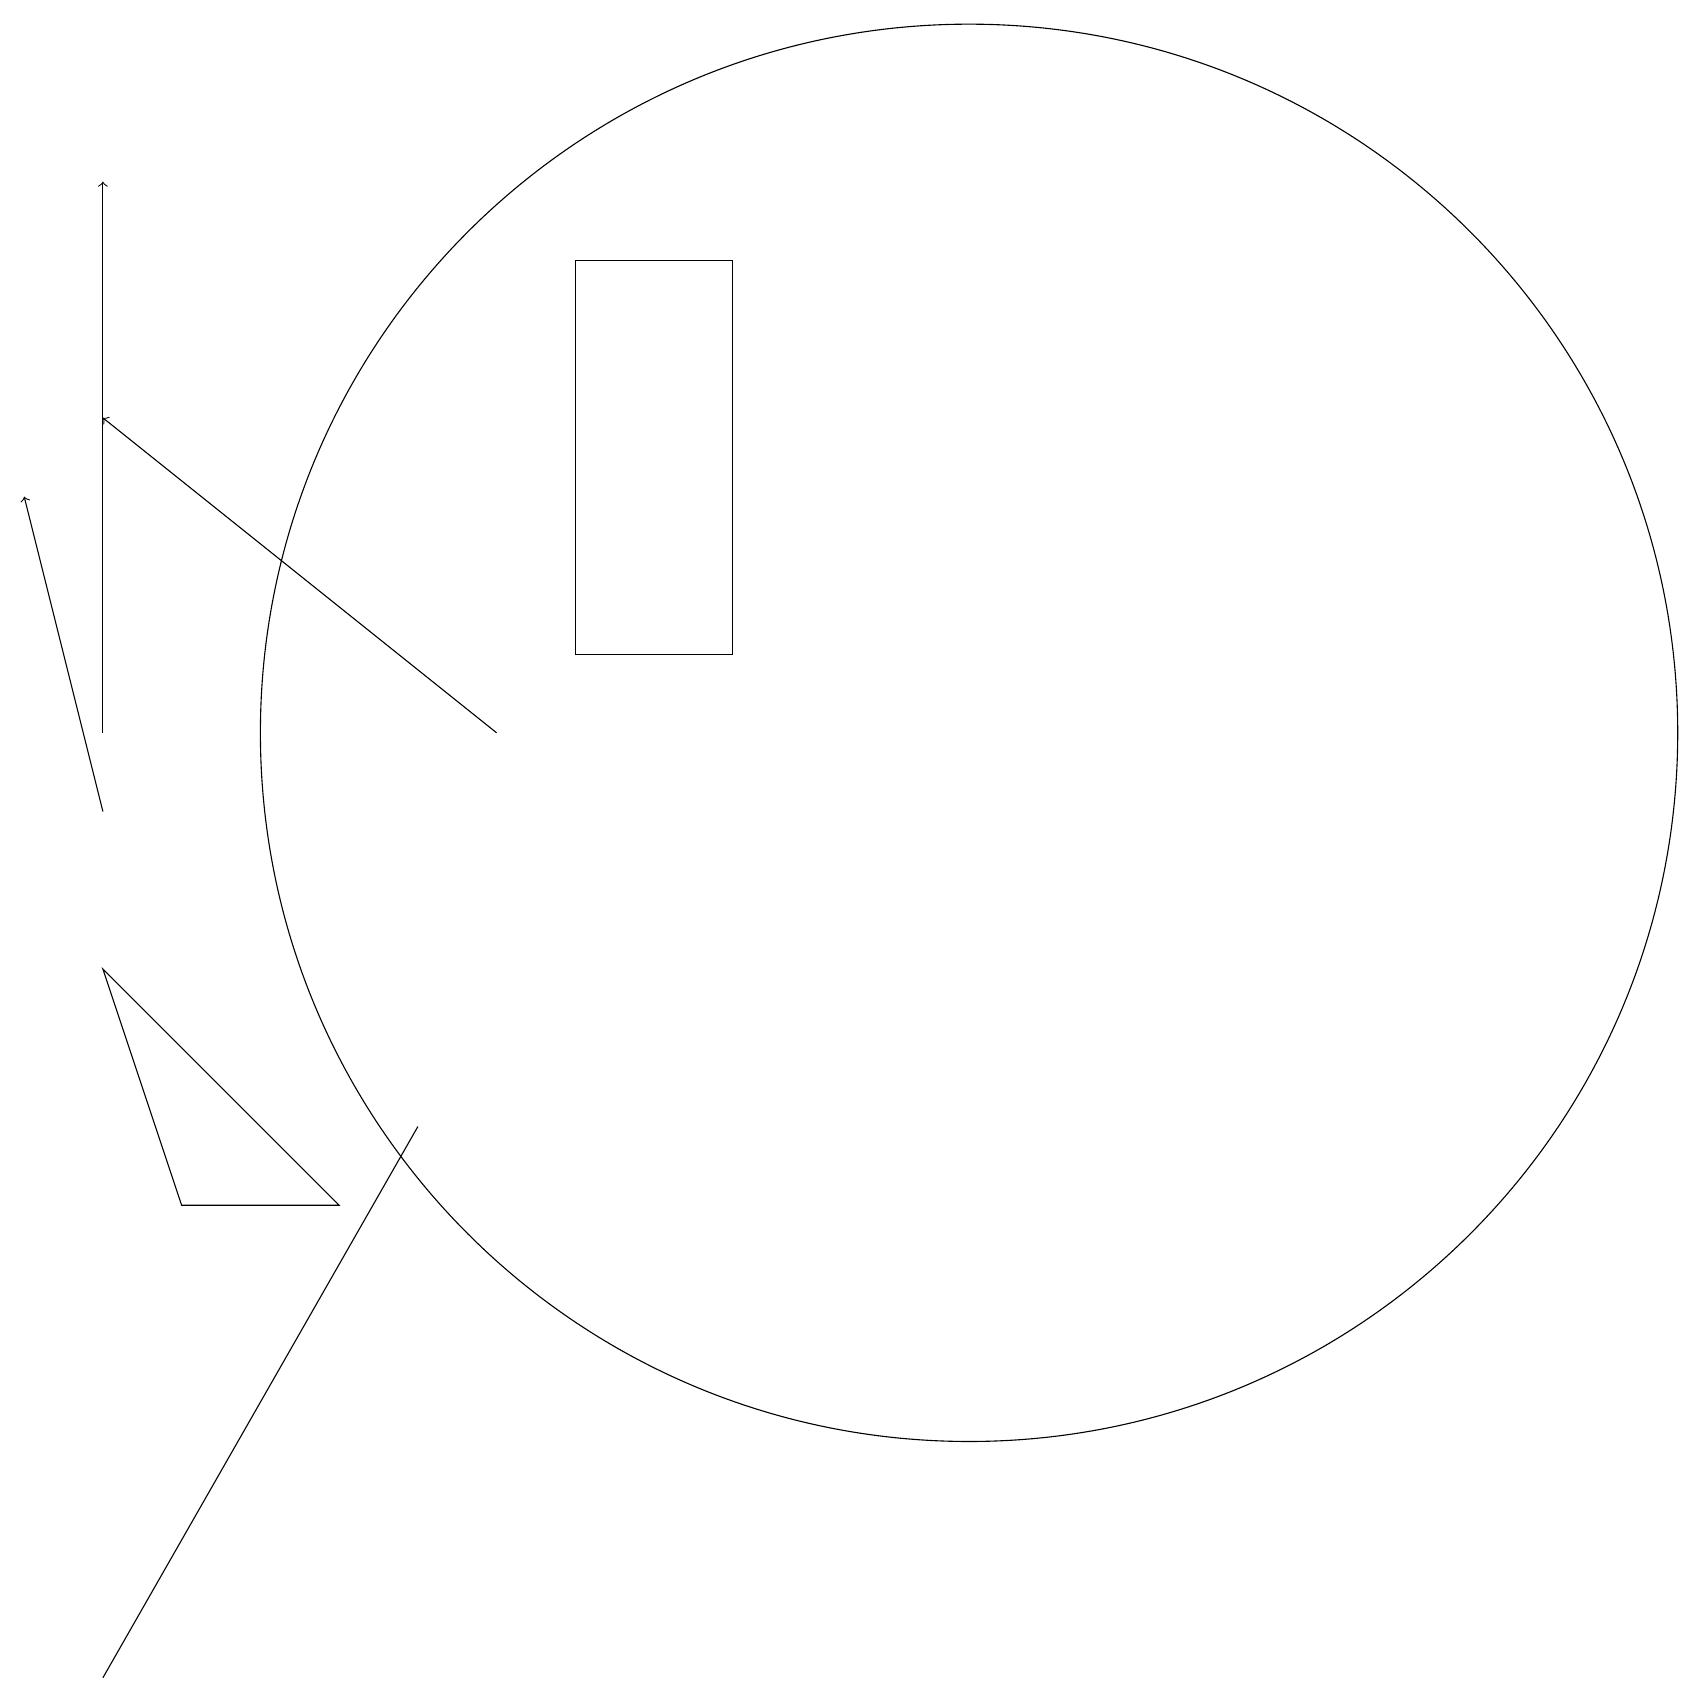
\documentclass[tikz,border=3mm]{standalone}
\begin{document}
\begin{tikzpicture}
\draw (1,9) -- (4,6) -- (2,6) -- cycle;
\draw[->] (6,12) -- (1,16);
\draw[->] (1,12) -- (1,19);
\draw (9,18) rectangle (7,13);
\draw (5,7) -- (1,0) -- (5,7) -- cycle;
\draw (11,11) circle (0);
\draw[->] (1,11) -- (0,15);
\draw (12,12) circle (9);
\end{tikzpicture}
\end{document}